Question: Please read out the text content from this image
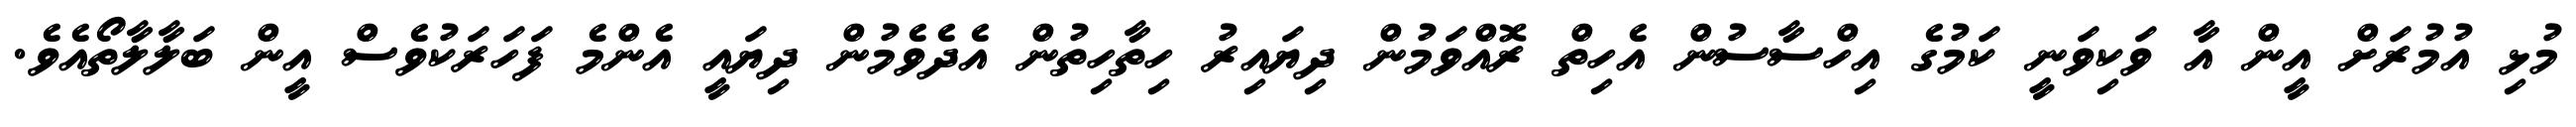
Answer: މުޅި އުމުރަށް އީން އާ ވަކިވަނީ ކަމުގެ އިހްސާސުން އެހިތް ރޮއްވަމުން ދިޔައިރު ހިތާހިތުން އެދެވެމުން ދިޔައީ އެންމެ ފަހަރަކުވެސް އީން ބަލާލާތޯއެވެ.